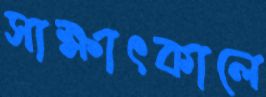
সাক্ষাৎকালে